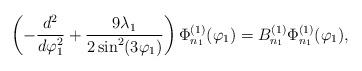
LaTeX: \begin{align*}\left( -\frac{d^{2}}{d\varphi_1 ^{2}}+\frac{9\lambda_1 }{2\sin^{2}(3\varphi_1 )}\right) \Phi_{n_1}^{(1)} (\varphi_1 )=B_{n_1}^{(1)} \Phi_{n_1}^{(1)} (\varphi_1 ), \end{align*}